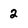
Character: 2